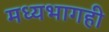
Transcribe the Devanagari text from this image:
मध्यभागही